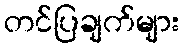
တင်ပြချက်များ